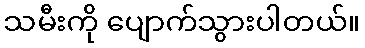
သမီးကို ပျောက်သွားပါတယ်။